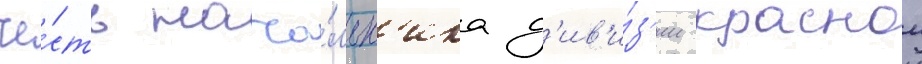
че́сть нача́льн'ика д'ив'и́з'ии краснои